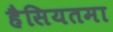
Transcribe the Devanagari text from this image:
हैसियतमा